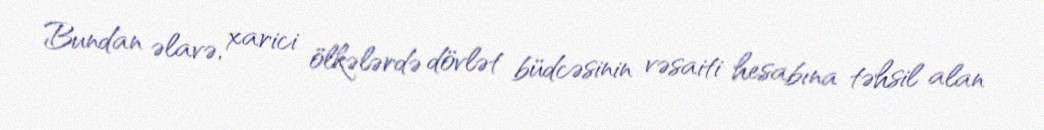
Bundan əlavə, xarici ölkələrdə dövlət büdcəsinin vəsaiti hesabına təhsil alan